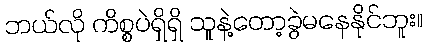
ဘယ်လို ကိစ္စပဲရှိရှိ သူနဲ့တော့ခွဲမနေနိုင်ဘူး။